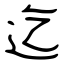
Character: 迄